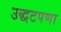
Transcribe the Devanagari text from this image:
उद्धटपणा